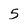
Character: 5